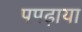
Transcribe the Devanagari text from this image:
पपढ़ाया